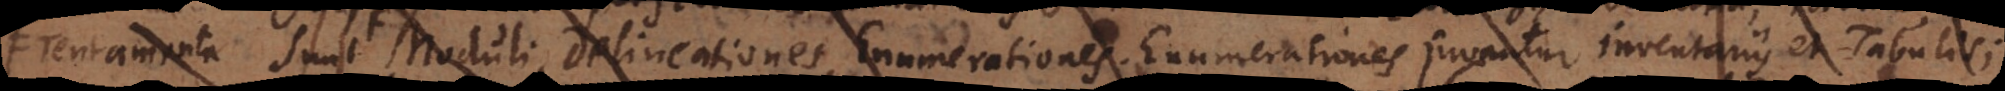
Tentamenta erg. Moduli, Delineationes, Enumerationes. Enumerationes juvantur inventariis et Tabulis;